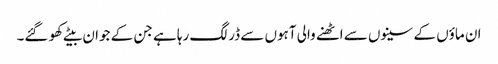
ان ماؤں کے سینوں سے اٹھنے والی آہوں سے ڈر لگ رہا ہے جن کے جوان بیٹے کھو گئے۔